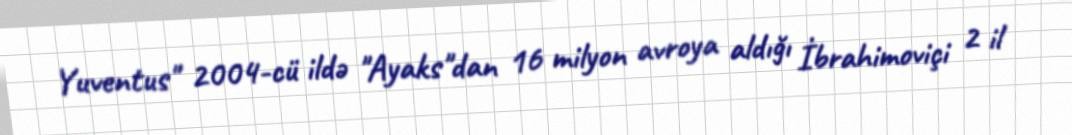
Yuventus" 2004-cü ildə "Ayaks"dan 16 milyon avroya aldığı İbrahimoviçi 2 il